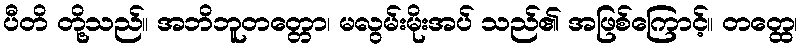
ပီတိ တို့သည်။ အဘိဘူတတ္တော၊ မလွမ်းမိုးအပ် သည်၏ အဖြစ်ကြောင့်။ တတ္ထေ၊